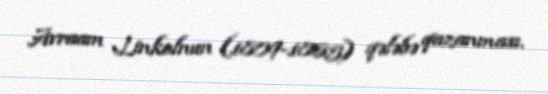
Avraam Linkolnun (1809-1865) qələbə qazanması.